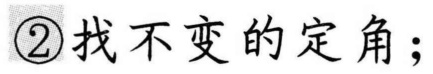
\textcircled{2}找不变的定角；